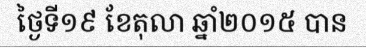
ថ្ងៃទី១៩ ខែតុលា ឆ្នាំ២០១៥ បាន